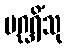
ပဂ္ဃရိံသု